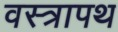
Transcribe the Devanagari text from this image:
वस्त्रापथ